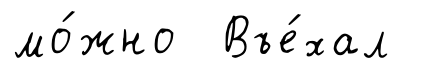
мо́жно Въе́хал